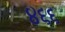
૪૬૬